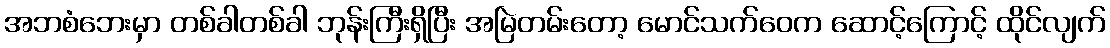
အဘစံဘေးမှာ တစ်ခါတစ်ခါ ဘုန်းကြီးရှိပြီး အမြဲတမ်းတော့ မောင်သက်ဝေက ဆောင့်ကြောင့် ထိုင်လျက်